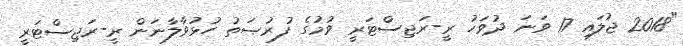
"2018 ޖުލައި 17 ވަނަ ދުވަހު ރީ-ރަޖިސްޓަރީ ވުމުގެ ފުރުޞަތު ހުޅުވާލާނަން ރީ-ރަޖިސްޓަރީ